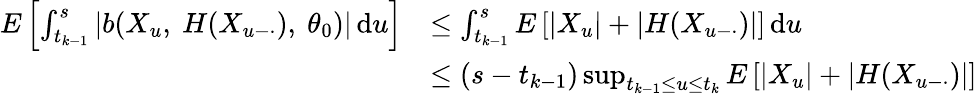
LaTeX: \begin{array}{rl}{E\left[\int_{t_{k-1}}^{s}\left|b(X_{u},~H(X_{u-\cdot}),~\theta_{0})\right|\, \mathrm{d}u\right]}&{\leq\int_{t_{k-1}}^{s}E\left[\left|X_{u}\right|+\left|H(X_{u-\cdot})\right|\right]\, \mathrm{d}u}\\ &{\leq(s-t_{k-1})\operatorname*{sup}_{t_{k-1}\leq u\leq t_{k}}E\left[\left|X_{u}\right|+\left|H(X_{u-\cdot})\right|\right]}\end{array}